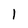
Character: 1